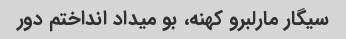
سیگار مارلبرو کهنه، بو میداد انداختم دور